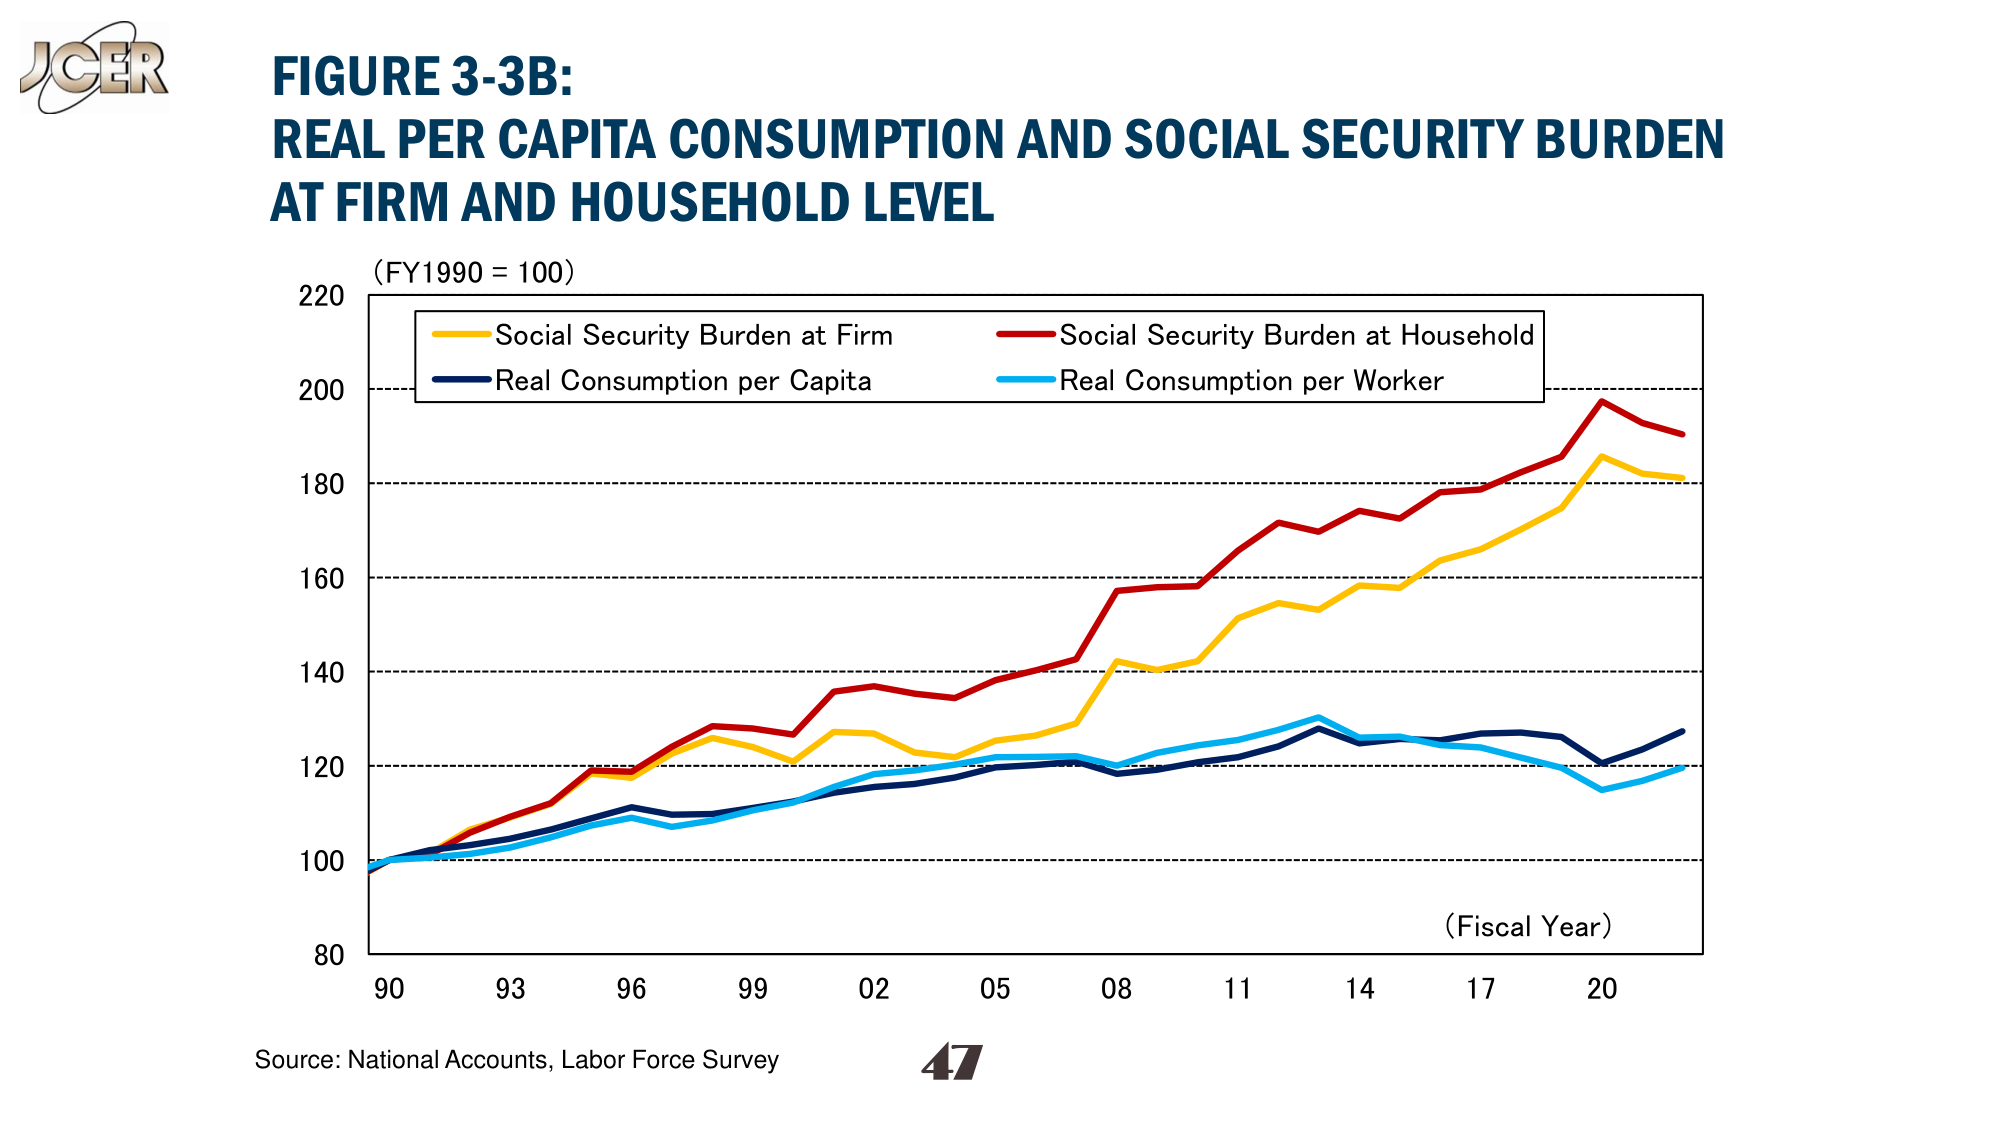
JGER
FIGURE 3-3B:
REAL PER CAPITA CONSUMPTION AND SOCIAL SECURITY BURDEN
AT FIRM AND HOUSEHOLD LEVEL
(FY1990 = 100)
Social Security Burden at Firm
Social Security Burden at Household
Real Consumption per Capita
Real Consumption per Worker
220
200
180
160
140
120
100
80
90
93
96
99
02
05
08
11
14
17
20
(Fiscal Year)
Source: National Accounts, Labor Force Survey
47